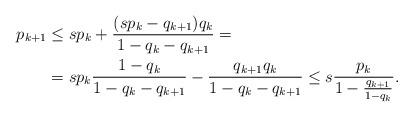
LaTeX: \begin{align*}p_{k+1} &\leq s p_k + \frac{(s p_k- q_{k+1})q_k}{1 - q_k - q_{k+1}} = \\&= s p_k \frac{1 - q_k}{1 - q_k - q_{k+1}} - \frac{ q_{k+1}q_k}{1 - q_k - q_{k+1}} \leq s \frac{p_k}{1 - \frac{q_{k+1}}{1 - q_k}}.\end{align*}